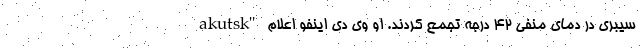
akutsk" سیبری در دمای منفی 42 درجه تجمع کردند. او وی دی اینفو اعلام